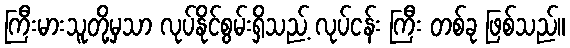
ကြီးမားသူတို့မှသာ လုပ်နိုင်စွမ်းရှိသည့် လုပ်ငန်း ကြီး တစ်ခု ဖြစ်သည်။